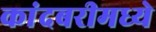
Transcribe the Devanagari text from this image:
कांदबरीमध्ये